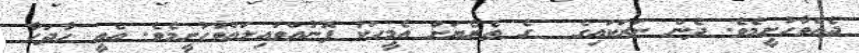
ދެއްވާހުށީމެވެ. ދެން ނަރަކައިގެ  ގެ ތެރެޔަށް އެމީހަކު ފޮނުއްވައިލައްވާހުށީމެވެ. އެއީ ހާދަހާ